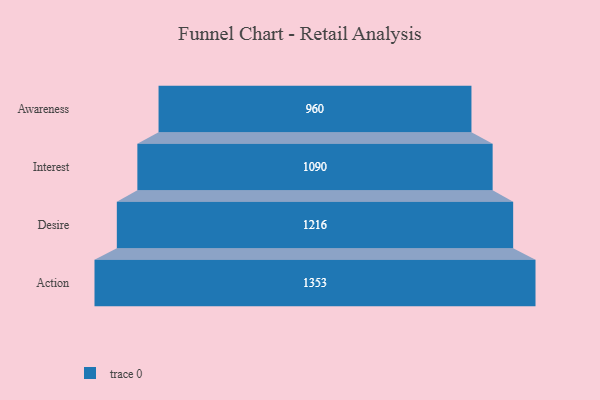
{"axis": {"x": "Stage", "y": "Value"}, "legend": [""], "data": [{"x": "Awareness", "y": 960.0, "type": ""}, {"x": "Interest", "y": 1090.0, "type": ""}, {"x": "Desire", "y": 1216.0, "type": ""}, {"x": "Action", "y": 1353.0, "type": ""}]}